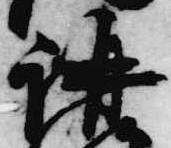
講